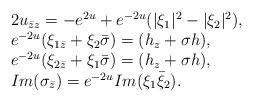
LaTeX: \begin{align*} \begin{array}{ll} 2 u_{\bar{z}z} = -e^{2u} +e^{-2u} (|\xi_1|^2 - |\xi_2|^2),\\ e^{-2u}( \xi_{1 \bar{z}} + \xi_2 \bar{\sigma}) = ( h_z + \sigma h ), \\ e^{-2u}( \xi_{2 \bar{z}} + \xi_1 \bar{\sigma})= (h_z + \sigma h ),\\ Im ( \sigma_{\bar{z}} ) = e^{-2u} Im (\xi_1 \bar{\xi}_2). \end{array} \end{align*}